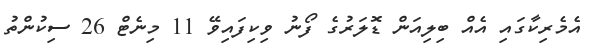
އެމެރިކާގައި އެއް ބިލިއަން ޑޮލަރުގެ ފޯނު ވިކިފައިވޭ 11 މިނެޓް 26 ސިކުންތު